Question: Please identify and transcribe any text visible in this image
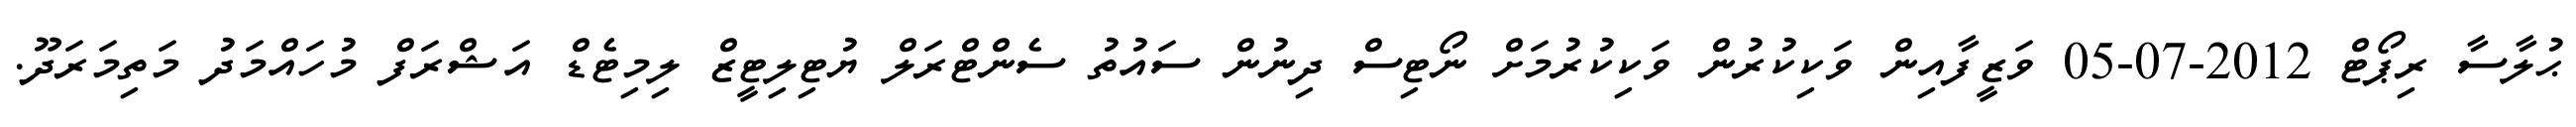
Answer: ޙުލާސާ ރިޕޯޓް 2012-07-05 ވަޒީފާއިން ވަކިކުރުން ވަކިކުރުމަށް ނޯޓިސް ދިނުން ސައުތު ސެންޓްރަލް ޔުޓިލިޓީޒް ލިމިޓެޑް އަޝްރަފް މުހައްމަދު މަތިމަރަދޫ.